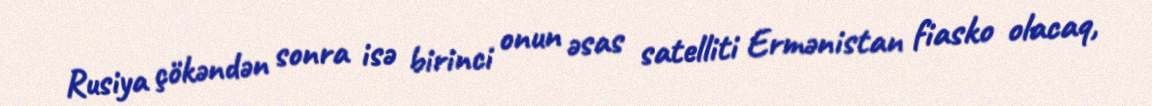
Rusiya çökəndən sonra isə birinci onun əsas satelliti Ermənistan fiasko olacaq,